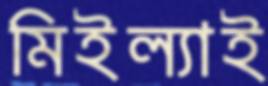
মিইল্যাই